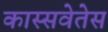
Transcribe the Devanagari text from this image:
कास्सवेतेस